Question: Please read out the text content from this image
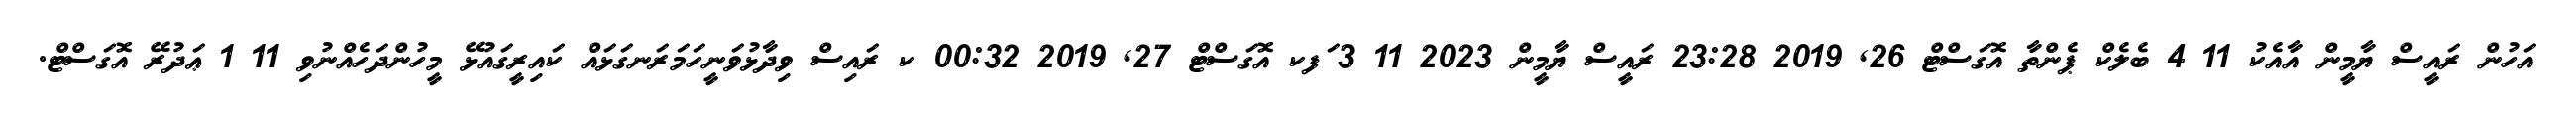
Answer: އަހުން ރައީސް ޔާމީން އާއެކު 11 4 ބެލެކް ޕެންތާ އޮގަސްޓް 26, 2019 23:28 ރައީސް ޔާމީން 2023 11 3 ަފކ އޮގަސްޓް 27, 2019 00:32 ކ ރައިސް ވިދާޅުވަނީހަމަރަނގަޅައް ކައިރީގައުޅޭ މީހުންދަހެއްނުވި 11 1 ޢަދުރޭ އޮގަސްޓް.